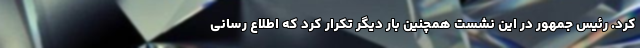
کرد. رئیس جمهور در این نشست همچنین بار دیگر تکرار کرد که اطلاع رسانی